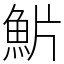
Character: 魸